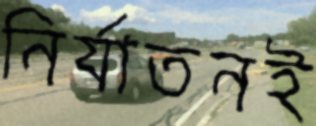
নির্যাতনই